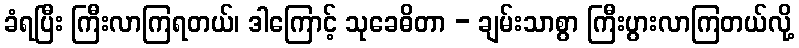
ခံရပြီး ကြီးလာကြရတယ်၊ ဒါကြောင့် သုခေဓိတာ - ချမ်းသာစွာ ကြီးပွားလာကြတယ်လို့